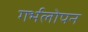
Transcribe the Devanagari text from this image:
गर्भलोपन